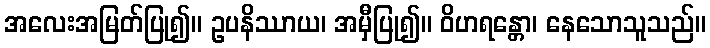
အလေးအမြတ်ပြု၍။ ဥပနိဿာယ၊ အမှီပြု၍။ ဝိဟရန္တော၊ နေသောသူသည်။